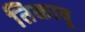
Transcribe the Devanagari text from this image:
तिकाबू